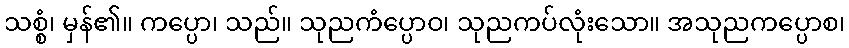
သစ္စံ၊ မှန်၏။ ကပ္ပော၊ သည်။ သုညကံပ္ပောဝ၊ သုညကပ်လုံးသော။ အသုညကပ္ပောစ၊